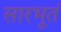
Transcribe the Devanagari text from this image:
सारभूतं